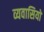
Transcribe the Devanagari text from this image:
व्यवासियों